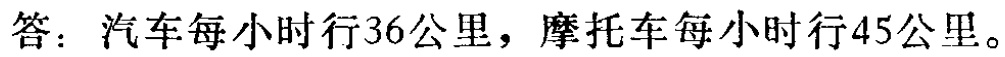
答：汽车每小时行36公里，摩托车每小时行45公里。